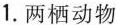
1. 两栖动物